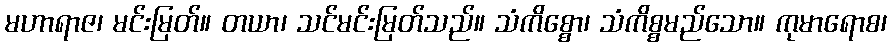
မဟာရာဇ၊ မင်းမြတ်။ တယာ၊ သင်မင်းမြတ်သည်။ သံကိစ္စော၊ သံကိစ္စမည်သော။ ကုမာရောစ၊